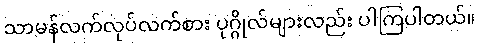
သာမန်လက်လုပ်လက်စား ပုဂ္ဂိုလ်များလည်း ပါကြပါတယ်။